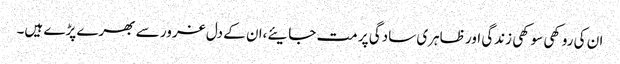
ان کی روکھی سوکھی زندگی اور ظاہری سادگی پر مت جایئے،ان کے دل غرور سے بھرے پڑے ہیں۔